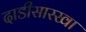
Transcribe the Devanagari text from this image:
दाडीसारखा